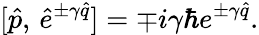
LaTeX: [\hat{p},\, \hat{e}^{\pm\gamma\hat{q}}]=\mp i\gamma\hbar e^{\pm\gamma\hat{q}}.